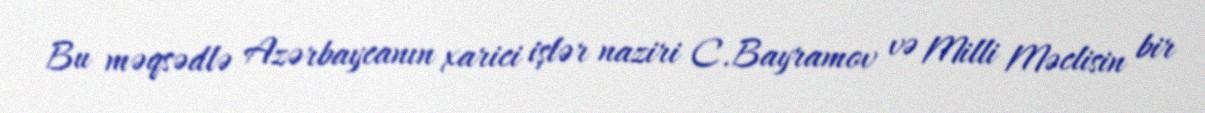
Bu məqsədlə Azərbaycanın xarici işlər naziri C.Bayramov və Milli Məclisin bir